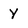
Character: Y